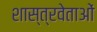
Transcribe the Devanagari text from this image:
शास्त्रवेताओं